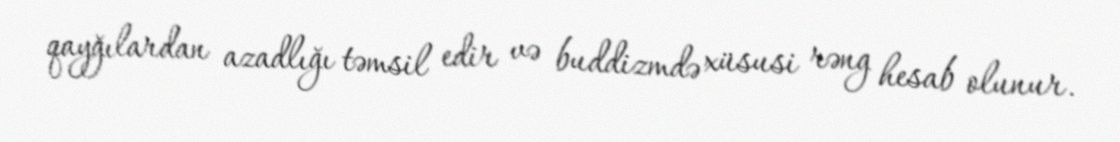
qayğılardan azadlığı təmsil edir və buddizmdə xüsusi rəng hesab olunur.